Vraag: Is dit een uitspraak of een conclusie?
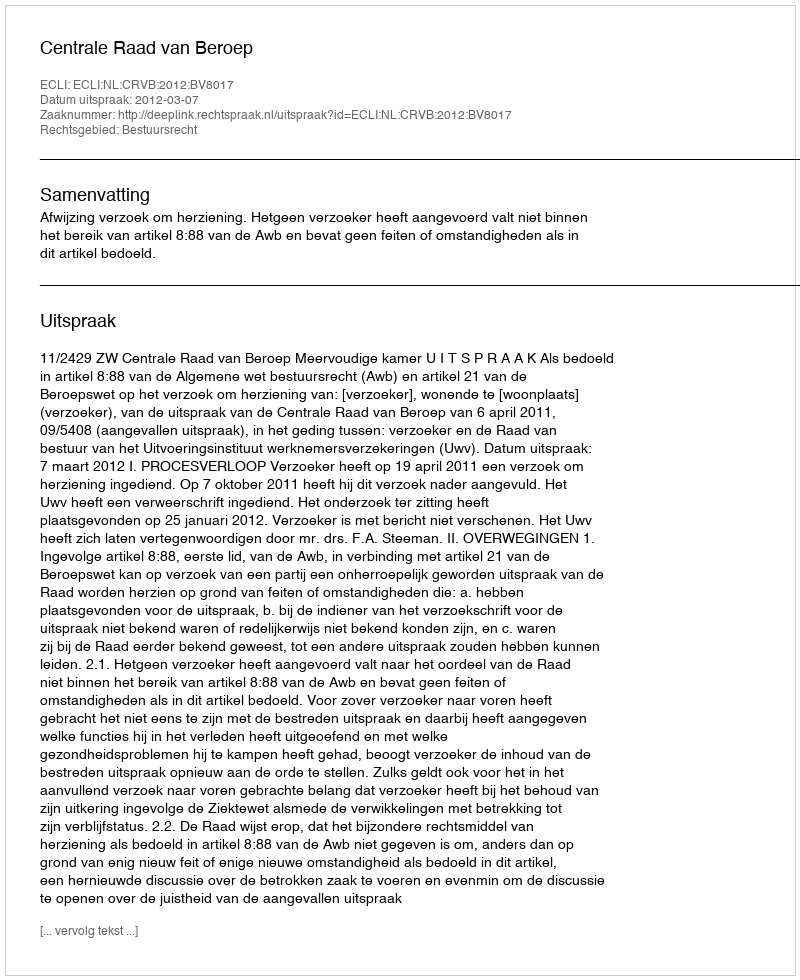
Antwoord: Uitspraak